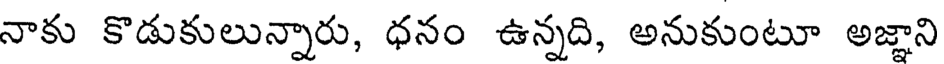
నాకు కొడుకులున్నారు, ధనం ఉన్నది, అనుకుంటూ అజ్ఞాని